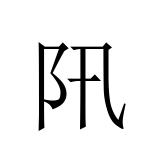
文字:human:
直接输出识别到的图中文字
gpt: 阠